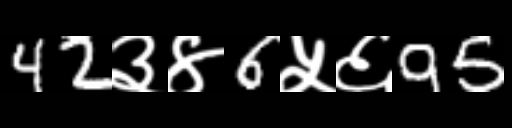
Text: 42३४6५६95